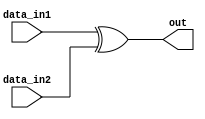
module xor1bit(data_in1, data_in2, out);
input data_in1, data_in2;
output out;

assign out = (data_in1)^(data_in2);
endmodule